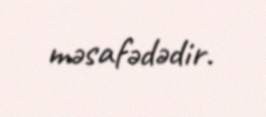
məsafədədir.